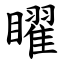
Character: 矅